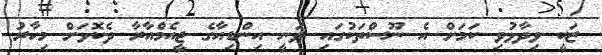
ޒަކީ ވިދާޅުވި ކަމަށް އެ ނޫސްތަކުގައި ވަނީ އިންޑިއާގެ ޖީއެމްއާރާ ދެކޮޅަށް މިހާރު